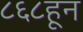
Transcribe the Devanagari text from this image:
८६८हून